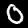
Digit: 0